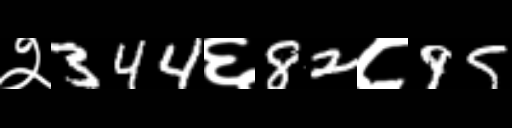
Text: २344६82८95